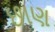
છાણ